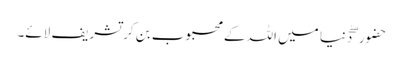
حضور ۖ دنیا میں اللہ کے محبوب بن کر تشریف لائے۔